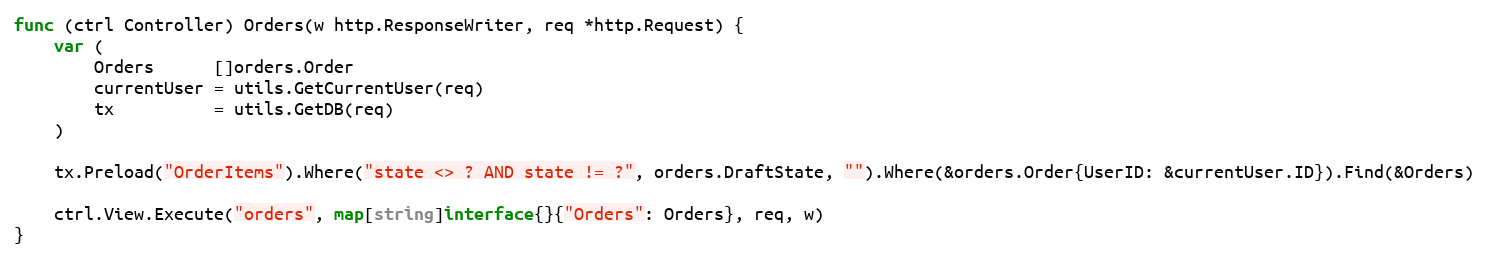
Language: Go
func (ctrl Controller) Orders(w http.ResponseWriter, req *http.Request) {
	var (
		Orders      []orders.Order
		currentUser = utils.GetCurrentUser(req)
		tx          = utils.GetDB(req)
	)

	tx.Preload("OrderItems").Where("state <> ? AND state != ?", orders.DraftState, "").Where(&orders.Order{UserID: &currentUser.ID}).Find(&Orders)

	ctrl.View.Execute("orders", map[string]interface{}{"Orders": Orders}, req, w)
}